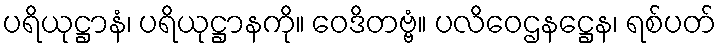
ပရိယုဋ္ဌာနံ၊ ပရိယုဋ္ဌာနကို။ ဝေဒိတဗ္ဗံ။ ပလိဝေဌနဋ္ဌေန၊ ရစ်ပတ်